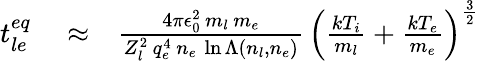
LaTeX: \begin{array}{rlr}{t_{le}^{eq}}&{{}\approx}&{\frac{4\pi\epsilon_{0}^{2}\, m_{l}\, m_{e}}{Z_{l}^{2}\, q_{e}^{4}\, n_{e}\, \ln\Lambda\left(n_{l},n_{e}\right)}\, \left(\frac{kT_{i}}{m_{l}}+\frac{kT_{e}}{m_{e}}\right)^{\frac{3}{2}}}\end{array}